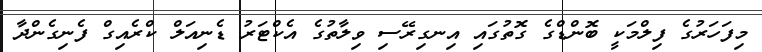
މިފަހަރުގެ ފިލްމަކީ ބޮންޑްގެ ގޮތުގައި އިނގިރޭސި ވިލާތުގެ އެކްޓަރު ޑެނިއަލް ކްރެއިގް ފެނިގެންދާ